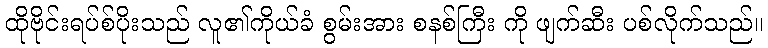
ထိုဗိုင်းရပ်စ်ပိုးသည် လူ၏ကိုယ်ခံ စွမ်းအား စနစ်ကြီး ကို ဖျက်ဆီး ပစ်လိုက်သည်။